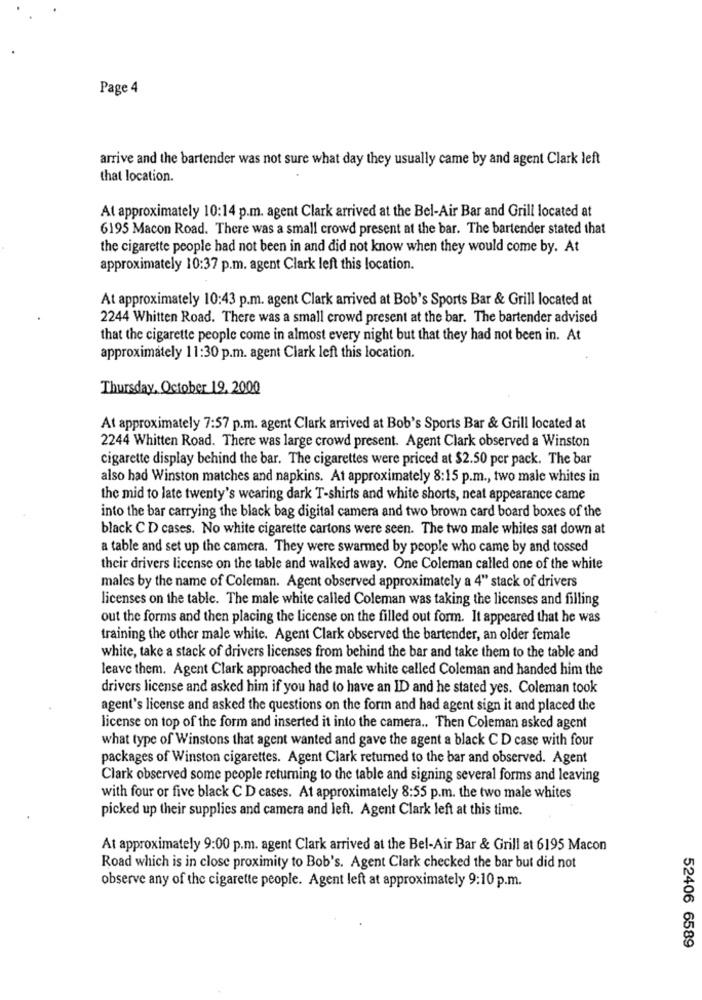
Page 4
arrive and the bartender was not sure what day they usually came by and agent Clark left
that location.
At approximately 10:14 p.m. agent Clark arrived at the Bel-Air Bar and Grill located at
6195 Macon Road. There was a small crowd present at the bar. The bartender stated that
the cigarette people had not been in and did not know when they would come by. At
approximately 10:37 p.m. agent Clark left this location.
At approximately 10:43 p.m. agent Clark arrived at Bob's Sports Bar & Grill located at
2244 Whitten Road. There was a small crowd present at the bar. The bartender advised
that the cigarette people come in almost every night but that they had not been in. At
approximately 11:30 p.m. agent Clark left this location.
Thursday, October 19, 2000
At approximately 7:57 p.m. agent Clark arrived at Bob's Sports Bar & Grill located at
2244 Whitten Road. There was large crowd present. Agent Clark observed a Winston
cigarette display behind the bar. The cigarettes were priced at $2.50 per pack. The bar
also had Winston matches and napkins. At approximately 8:15 p.m ., two male whites in
the mid to late twenty's wearing dark T-shirts and white shorts, neat appearance came
into the bar carrying the black bag digital camera and two brown card board boxes of the
black C D cases. No white cigarette cartons were seen. The two male whites sat down at
a table and set up the camera. They were swarmed by people who came by and tossed
their drivers license on the table and walked away. One Coleman called one of the white
males by the name of Coleman. Agent observed approximately a 4" stack of drivers
licenses on the table. The male white called Coleman was taking the licenses and filling
out the forms and then placing the license on the filled out form. It appeared that he was
training the other male white. Agent Clark observed the bartender, an older female
white, take a stack of drivers licenses from behind the bar and take them to the table and
leave them. Agent Clark approached the male white called Coleman and handed him the
drivers license and asked him if you had to have an ID and he stated yes. Coleman took
agent's license and asked the questions on the form and had agent sign it and placed the
license on top of the form and inserted it into the camera .. Then Coleman asked agent
what type of Winstons that agent wanted and gave the agent a black CD case with four
packages of Winston cigarettes. Agent Clark returned to the bar and observed. Agent
Clark observed some people returning to the table and signing several forms and leaving
with four or five black C D cases. At approximately 8:55 p.m. the two male whites
picked up their supplies and camera and left. Agent Clark left at this time.
At approximately 9:00 p.m. agent Clark arrived at the Bel-Air Bar & Grill at 6195 Macon
Road which is in close proximity to Bob's. Agent Clark checked the bar but did not
observe any of the cigarette people. Agent left at approximately 9:10 p.m.
52406 6589